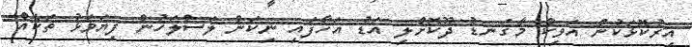
އިރުކޮޅަކުން އަވިކް މާގަނޑު ދޫކޮށްލި އަޑު އަހާފައި ނިކަން ލަސްލަހުން ފިޔަވަޅު ތަކެއް